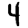
Digit: 4